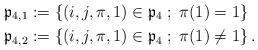
LaTeX: \begin{align*} \mathfrak{p}_{4,1} &:= \left\{ (i,j,\pi,1) \in \mathfrak{p}_4 \; ; \; \pi(1)=1 \right\} \\ \mathfrak{p}_{4,2} &:= \left\{ (i,j,\pi,1) \in \mathfrak{p}_4 \; ; \; \pi(1)\neq 1 \right\}.\end{align*}